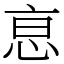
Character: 恴